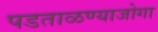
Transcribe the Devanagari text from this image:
पडताळण्याजोगा